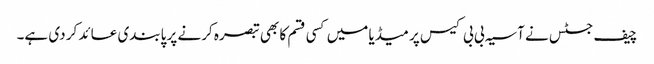
چیف جسٹس نے آسیہ بی بی کیس پر میڈیا میں کسی قسم کا بھی تبصرہ کرنے پر پابندی عائد کر دی ہے۔